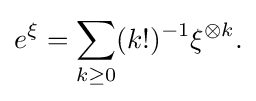
{e^{\xi }=\sum _{k\geq 0}(k!)^{-1}\xi ^{\otimes k}.}